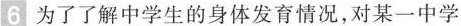
6 为了了解中学生的身体发育情况，对某一中学